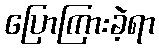
ပြောကြားခဲ့ရာ